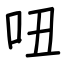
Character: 吜